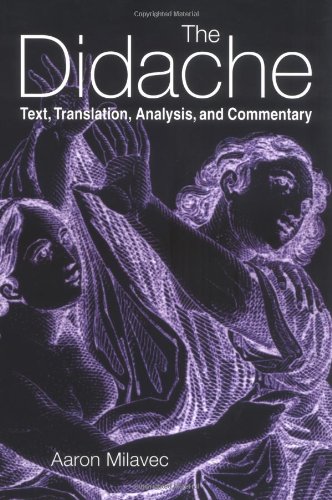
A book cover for The Didache: Text, Translation, Analysis, and Commentary; Aaron Milavec; Christian Books & Bibles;